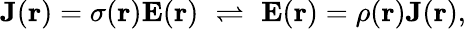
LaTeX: \mathbf{J}(\mathbf{r})=\sigma(\mathbf{r})\mathbf{E}(\mathbf{r})\, \, \rightleftharpoons\, \, \mathbf{E}(\mathbf{r})=\rho(\mathbf{r})\mathbf{J}(\mathbf{r}),\,